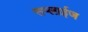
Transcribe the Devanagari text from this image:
सप्लाईज